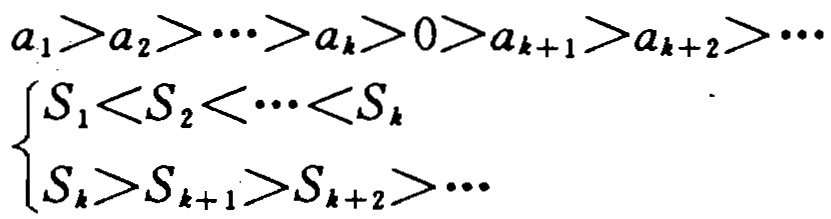
\[

\begin{align*}

&a_1 > a_2 > \cdots > a_k > 0 > a_{k + 1} > a_{k + 2} > \cdots\\

&\begin{cases}

S_1 < S_2 < \cdots < S_k\\

S_k > S_{k + 1} > S_{k + 2} > \cdots

\end{cases}

\end{align*}

\]